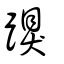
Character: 䠐